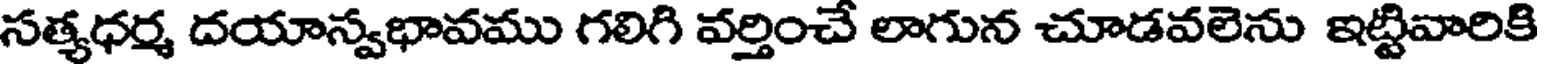
సత్యధర్మ దయాస్వభావము గలిగి వర్తించే లాగున చూడవలెను ఇట్టివారికి